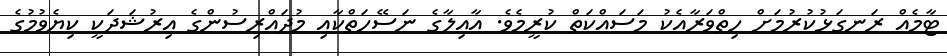
ޓާމެއް ރަނގަޅުކުރުމަށް ހިތްވަރާއެކު މަސައްކަތް ކުރީމެވެ. އާއިލާގެ ނަސޭހަތްކާއި މުދައްރިސުންގެ އިރުޝަދަކީ ކިޔެވުމުގެ